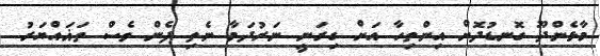
މާޅެންދޫ ގޮނޑުދޮށް އިންތިހާ އަށް ގިރަނީ ނަރުދަމާ ނެތި ފެން ވެސް ތަޣައްޔަރު